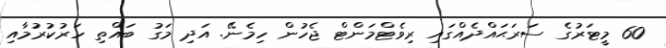
60 މީޓަރުގެ ސަރަޙައްދެއްގައި ރިވެޓްމަންޓް ޖެހުން ހިމެނޭ. އަދި މަގު ބައްތި ހަރުކުރުމާއި